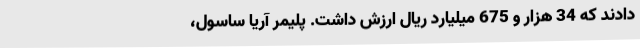
دادند که 34 هزار و 675 میلیارد ریال ارزش داشت. پلیمر آریا ساسول،